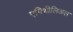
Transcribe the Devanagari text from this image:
एपिथीलिअल